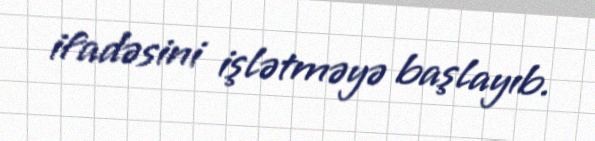
ifadəsini işlətməyə başlayıb.